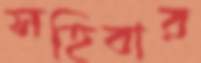
সহিবার